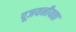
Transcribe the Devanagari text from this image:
पूजयनीयता